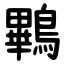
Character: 鷝